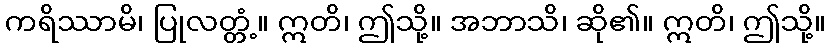
ကရိဿာမိ၊ ပြုလတ္တံ့။ ဣတိ၊ ဤသို့။ အဘာသိ၊ ဆို၏။ ဣတိ၊ ဤသို့။